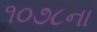
૧૦૭૮ના